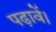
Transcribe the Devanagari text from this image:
पढ़ावें।